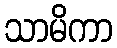
သာမိကာ